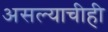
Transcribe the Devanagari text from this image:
असल्याचीही